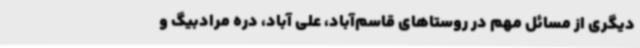
دیگری از مسائل مهم در روستاهای قاسم‌آباد، علی آباد، دره مرادبیگ و